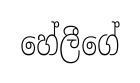
හේලීගේ